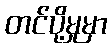
တင်ပို့မှုမှာ